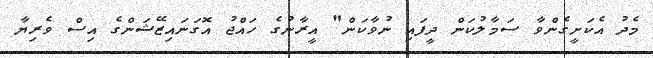
މެދު އެކަށީގެންވާ ސަމާލުކަން ދީފައި ނުވާކަން" އީރާނުގެ ހައްޖު އޮގަނައިޒޭޝަންގެ އިސް ވެރިޔާ